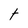
Character: t